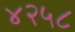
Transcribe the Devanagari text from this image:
४२५८